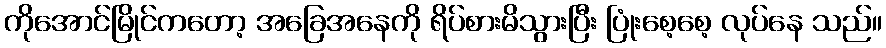
ကိုအောင်မြိုင်ကတော့ အခြေအနေကို ရိပ်စားမိသွားပြီး ပြုံးစေ့စေ့ လုပ်နေ သည်။